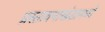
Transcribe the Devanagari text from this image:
प्रस्तावनाखंडामध्यें